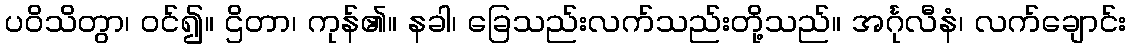
ပဝိသိတွာ၊ ဝင်၍။ ဌိတာ၊ ကုန်၏။ နခါ၊ ခြေသည်းလက်သည်းတို့သည်။ အင်္ဂုလီနံ၊ လက်ချောင်း